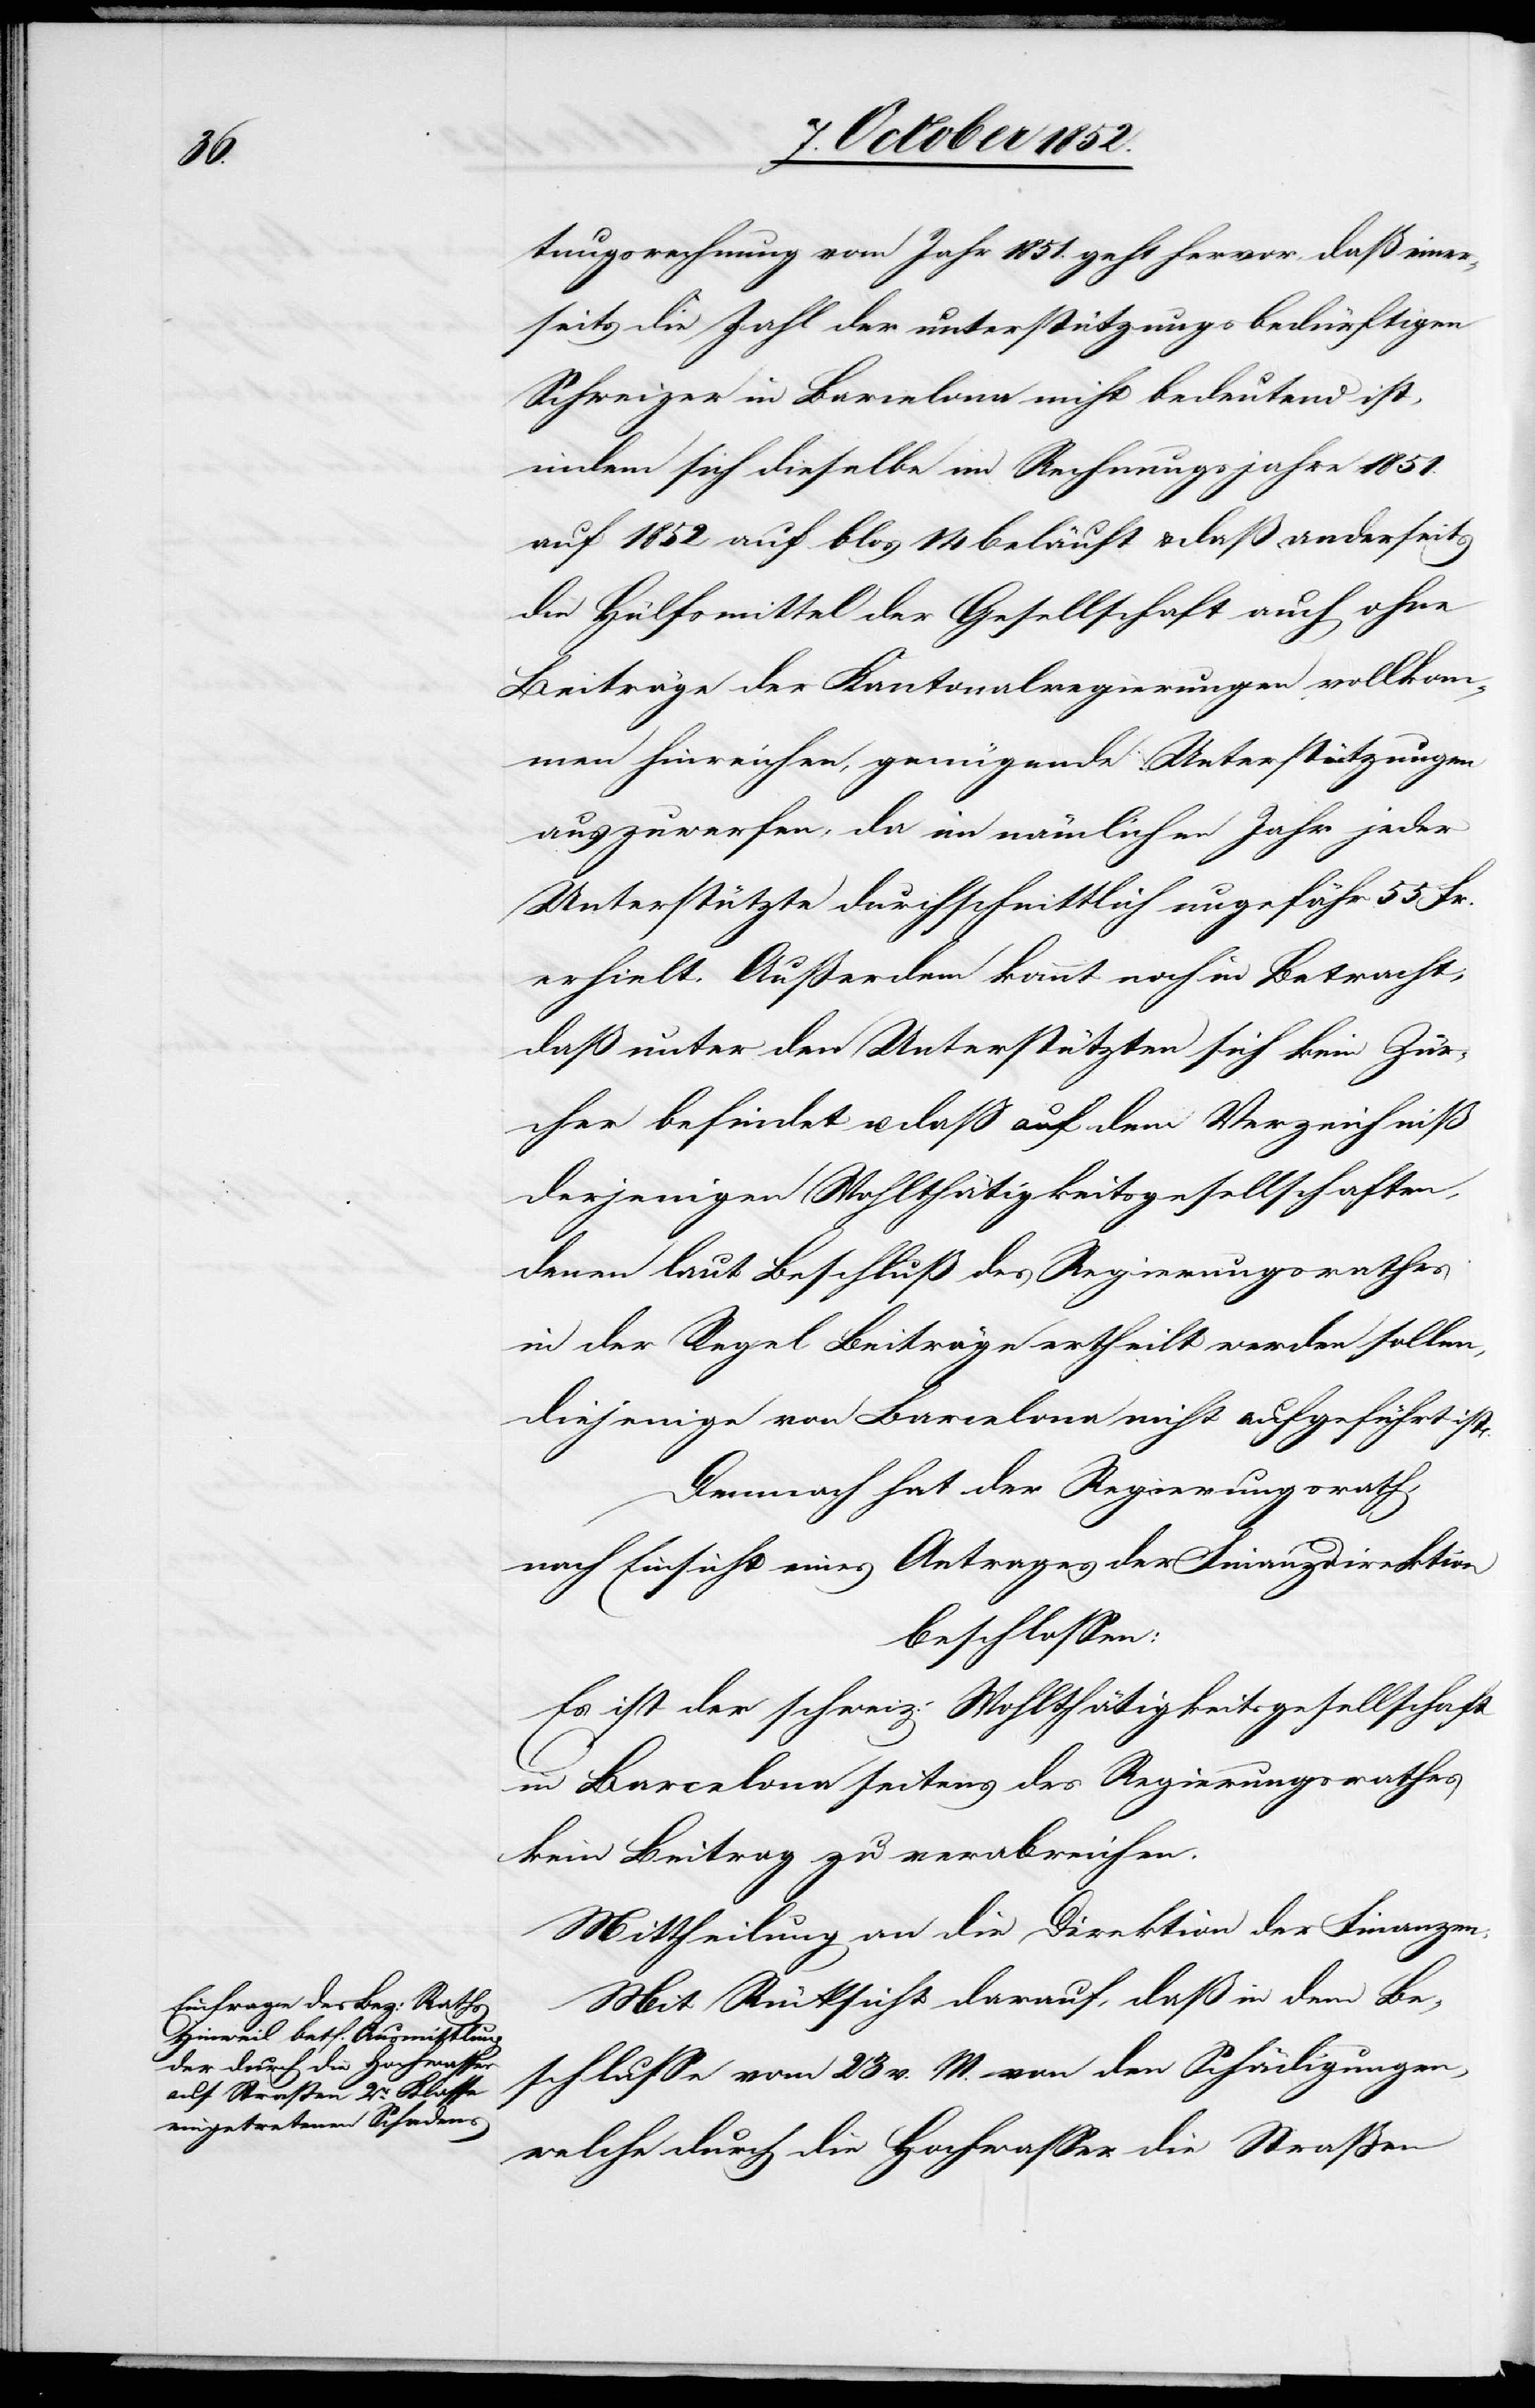
tungsrechnung vom Jahr 1851. geht hervor, daß einer¬
seits die Zahl der unterstützungsbedürftigen
Schweizer in Barcelona nicht bedeutend ist,
indem sich dieselbe im Rechnungsjahre 1851.
auf 1852 auf blos 14 beläuft & daß anderseits
die Hülfsmittel der Gesellschaft auch ohne
Beiträge der Kantonalregierungen vollkom¬
men hinreichen, genügende Unterstützungen
auszuwerfen, da im nämlichen Jahr jeder
Unterstützte durchschnittlich ungefähr 55 Fr.
erhielt. Außerdem kommt noch in Betracht,
daß unter den Unterstützten sich kein Zür¬
cher befindet u. daß auf dem Verzeichniß
derjenigen Wohlthätigkeitsgesellschaften,
denen laut Beschluß des Regierungsrathes
in der Regel Beiträge ertheilt werden sollen,
diejenige von Barcelona nicht aufgeführt ist.
Demnach hat der Regierungsrath,
nach Einsicht eines Antrages der Finanzdirektion
beschlossen:
Es ist der schweiz: Wohlthätigkeitsgesellschaft
in Barcelona seitens des Regierungsrathes
kein Beitrag zu verabreichen.
Mittheilung an die Direktion der Finanzen.
Mit Rücksicht darauf, daß in dem Be¬
schlusse vom 23 v. M. von den Schädigungen,
welche durch die Hochwasser die Straßen